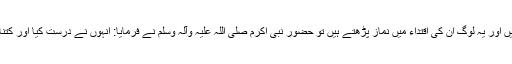
حضرت ابی بن کعب نماز پڑھتے ہیں اور یہ لوگ ان کی اقتداء میں نماز پڑھتے ہیں تو حضور نبی اکرم صلی اللہ علیہ وآلہ وسلم نے فرمایا: انہوں نے درست کیا اور کتنا ہی اچھا عمل ہے جو انہوں نے کیا۔